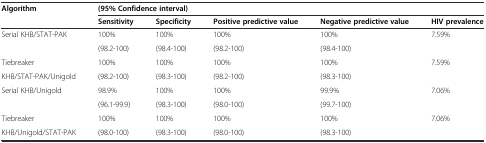
| <ROWSPAN=2> Algorithm | <COLSPAN=5> (95% Confidence interval) |
 | Sensitivity | Specificity | Positive predictive value | Negative predictive value | HIV prevalence |
 | --- | --- | --- | --- | --- | --- |
 | <ROWSPAN=2> Serial KHB/STAT-PAK | 100% | 100% | 100% | 100% | <ROWSPAN=2> 7.59% |
 | (98.2-100) | (98.4-100) | (98.2-100) | (98.4-100) |
 | Tiebreaker | 100% | 100% | 100% | 100% | <ROWSPAN=2> 7.59% |
 | KHB/STAT-PAK/Unigold | (98.2-100) | (98.3-100) | (98.2-100) | (98.3-100) |
 | <ROWSPAN=2> Serial KHB/Unigold | 98.9% | 100% | 100% | 99.9% | <ROWSPAN=2> 7.06% |
 | (96.1-99.9) | (98.3-100) | (98.0-100) | (99.7-100) |
 | Tiebreaker | 100% | 100% | 100% | 100% | 7.06% |
 | KHB/Unigold/STAT-PAK | (98.0-100) | (98.3-100) | (98.0-100) | (98.3-100) |  |